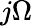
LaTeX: j\Omega